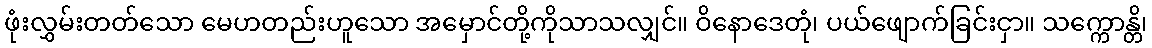
ဖုံးလွှမ်းတတ်သော မေဟတည်းဟူသော အမှောင်တို့ကိုသာသလျှင်။ ဝိနောဒေတုံ၊ ပယ်ဖျောက်ခြင်းငှာ။ သက္ကောန္တိ၊